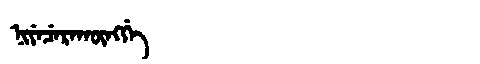
Manchu: ᠨᡳᠶᡝᠴᡝᡵᠠᡴᡡᠩᡤᡝ
Romanization: NIYECERAKŪNGGE